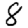
Digit: 8